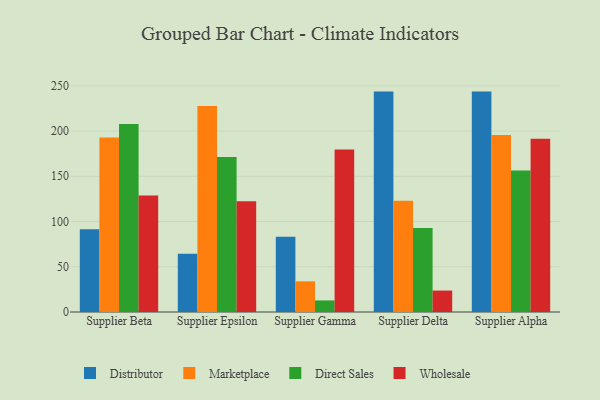
{"axis": {"x": "Supplier", "y": "Market Share (%)"}, "legend": ["Direct Sales", "Distributor", "Marketplace", "Wholesale"], "data": [{"x": "Supplier Beta", "y": 91.5, "type": "Distributor"}, {"x": "Supplier Beta", "y": 192.8, "type": "Marketplace"}, {"x": "Supplier Beta", "y": 207.9, "type": "Direct Sales"}, {"x": "Supplier Beta", "y": 128.8, "type": "Wholesale"}, {"x": "Supplier Epsilon", "y": 64.4, "type": "Distributor"}, {"x": "Supplier Epsilon", "y": 227.7, "type": "Marketplace"}, {"x": "Supplier Epsilon", "y": 171.2, "type": "Direct Sales"}, {"x": "Supplier Epsilon", "y": 122.4, "type": "Wholesale"}, {"x": "Supplier Gamma", "y": 83.3, "type": "Distributor"}, {"x": "Supplier Gamma", "y": 33.9, "type": "Marketplace"}, {"x": "Supplier Gamma", "y": 12.8, "type": "Direct Sales"}, {"x": "Supplier Gamma", "y": 179.5, "type": "Wholesale"}, {"x": "Supplier Delta", "y": 243.6, "type": "Distributor"}, {"x": "Supplier Delta", "y": 123.0, "type": "Marketplace"}, {"x": "Supplier Delta", "y": 92.9, "type": "Direct Sales"}, {"x": "Supplier Delta", "y": 23.7, "type": "Wholesale"}, {"x": "Supplier Alpha", "y": 243.6, "type": "Distributor"}, {"x": "Supplier Alpha", "y": 195.6, "type": "Marketplace"}, {"x": "Supplier Alpha", "y": 156.5, "type": "Direct Sales"}, {"x": "Supplier Alpha", "y": 191.4, "type": "Wholesale"}]}